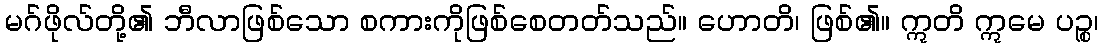
မဂ်ဖိုလ်တို့၏ ဘီလာဖြစ်သော စကားကိုဖြစ်စေတတ်သည်။ ဟောတိ၊ ဖြစ်၏။ ဣတိ ဣမေ ပဉ္စ၊